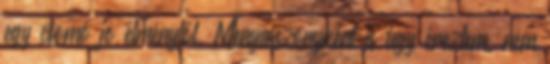
egy csomó jó élménytől. Menyasszonyként is úgy éreztem, nem